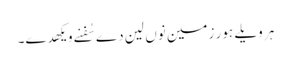
ہر ویلے ہور زمین نوں لین دے سُفنے ویکھدے۔